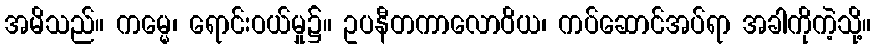
အမိသည်။ ကမ္မေ၊ ရောင်းဝယ်မှု၌။ ဥပနီတကာလောဝိယ၊ ကပ်ဆောင်အပ်ရာ အခါကိုကဲ့သို့။